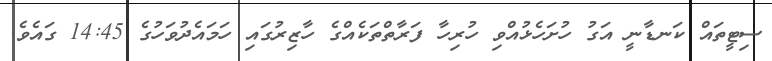
ސިޓީތައް ކަނޑާނީ އަގު ހުށަހެޅުއްވި ހުރިހާ ފަރާތްތަކެއްގެ ހާޒިރުގައި ހަމައެދުވަހުގެ 14:45 ގައެވެ.